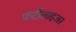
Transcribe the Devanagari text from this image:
फर्टीलाइजर